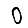
Digit: 0